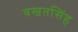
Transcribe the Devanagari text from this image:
वखतसिंह